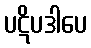
ပဋိပဒါပေ